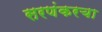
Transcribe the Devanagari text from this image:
सरणंकरचा